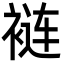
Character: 裢